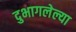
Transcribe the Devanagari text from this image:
दुभागलेल्या